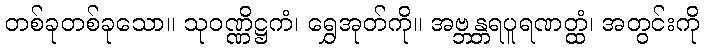
တစ်ခုတစ်ခုသော။ သုဝဏ္ဏိဋ္ဌကံ၊ ရွှေအုတ်ကို။ အဗ္ဘန္တရပူရဏတ္ထံ၊ အတွင်းကို